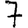
Digit: 7